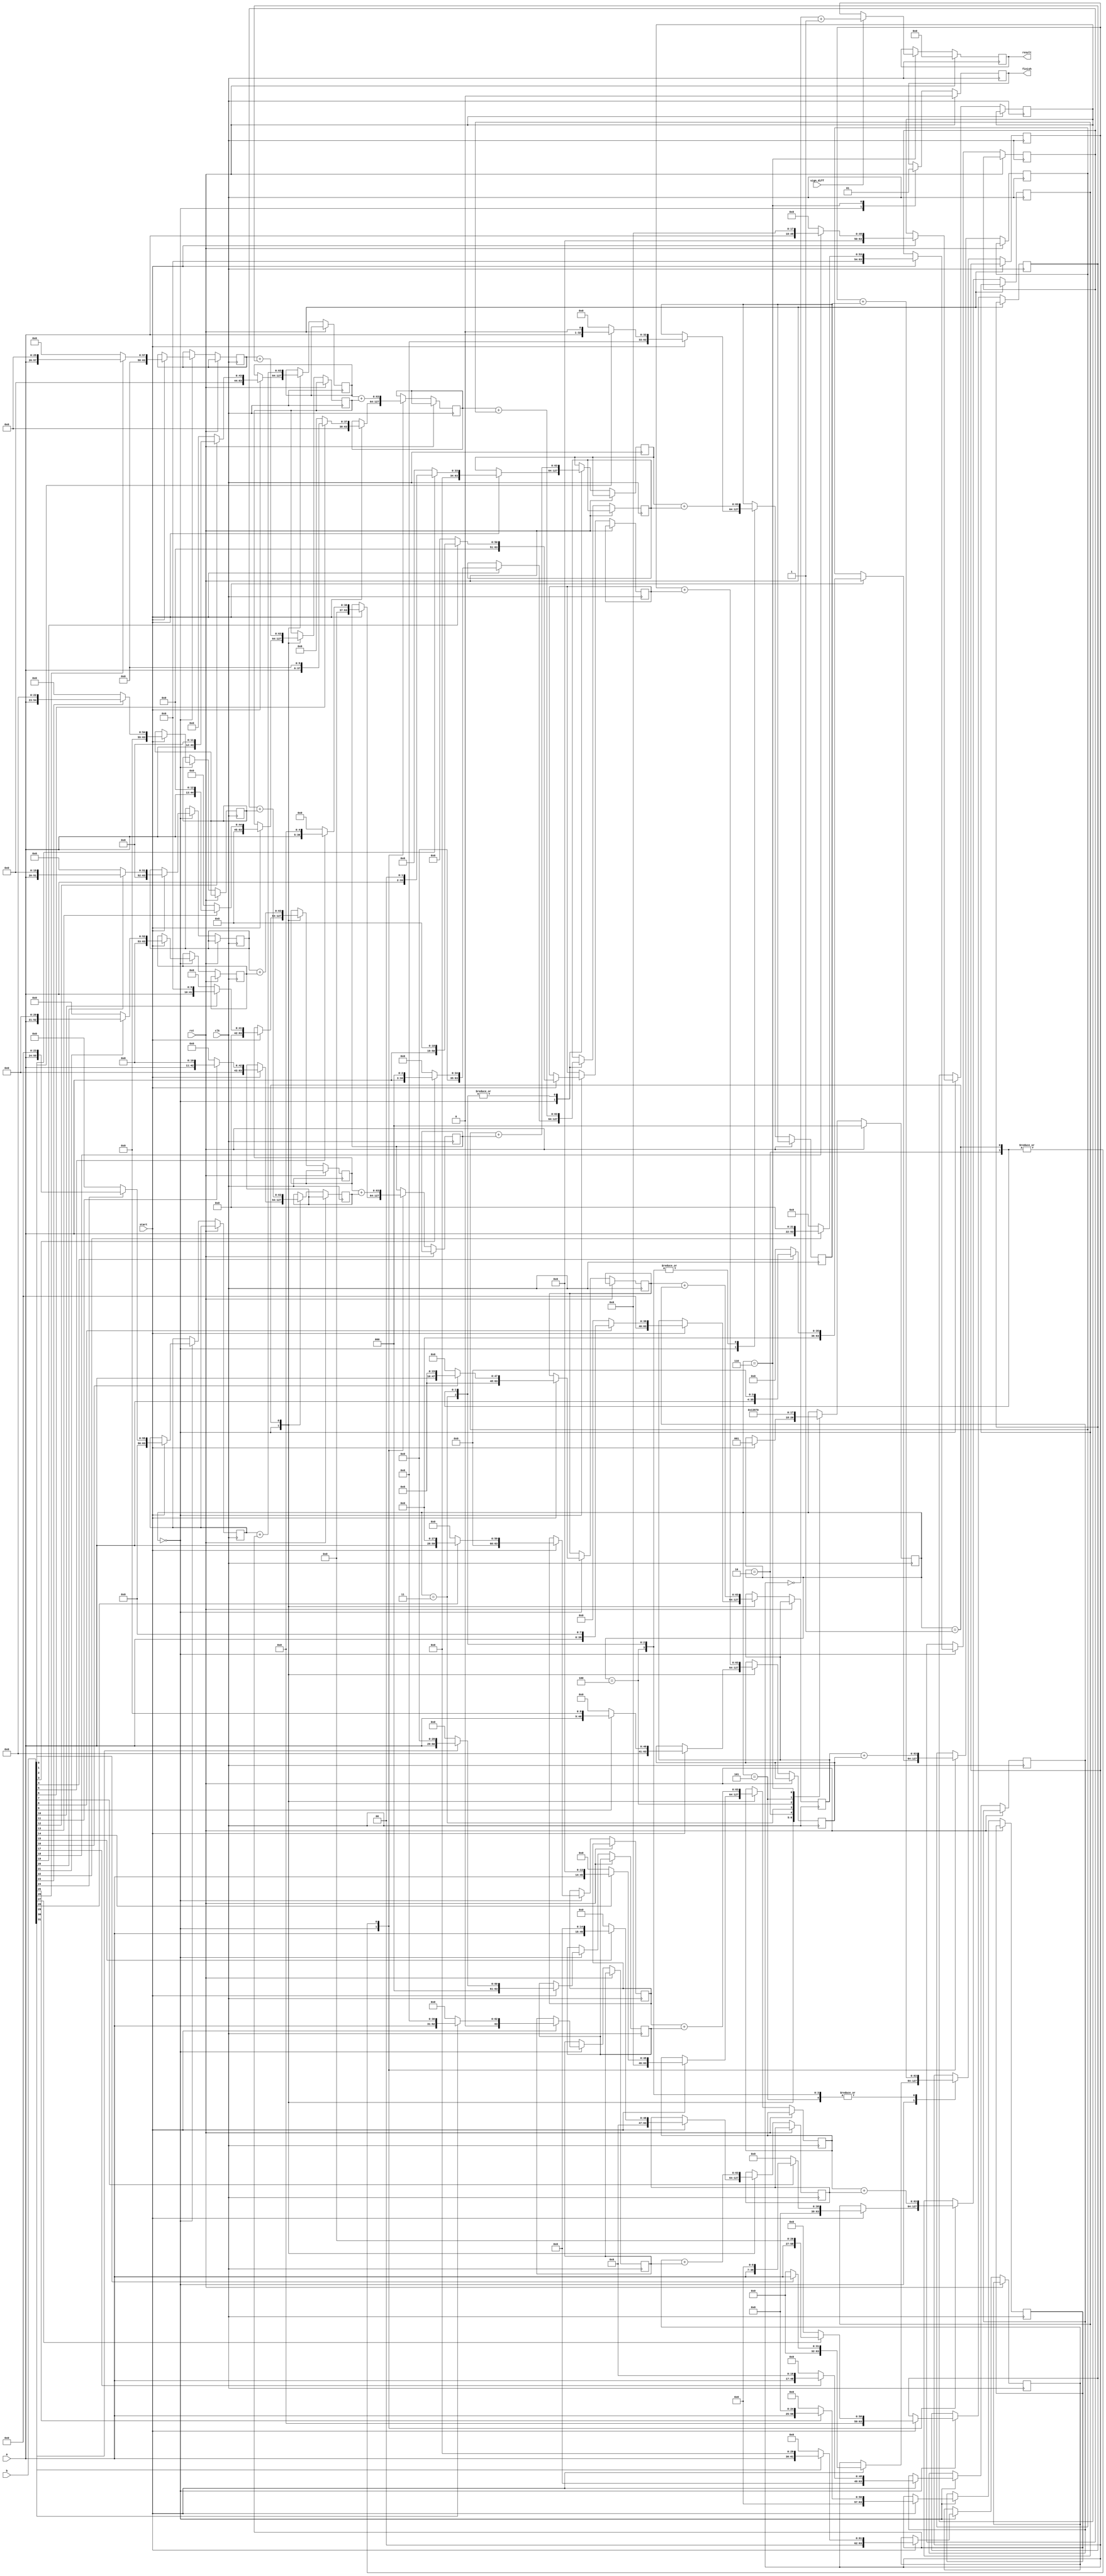
/***************************************
 ********** Andy You Property **********
 ***************************************/

//Parallel Multiplication method

module MUL (clk, rst, start, finish, a, b, sign_diff, result);

parameter IDLE = 3'b000, S0 = 3'b001, S1 = 3'b010, S2 = 3'b011,
          S3 = 3'b100, S4 = 3'b101, FINISH = 3'b110;

input  clk, rst, start, sign_diff;
input  [31:0] a, b;

output reg finish;
output reg [63:0] result;

reg [63:0] reglist [0:31];
reg [2:0] STATE;

always @(posedge clk) begin
    if (rst) begin
        finish <= 1'b0;
        result <= 64'h0;
        STATE <= IDLE;
    end
    else begin
        case (STATE) 
            IDLE : begin
                if (start) begin
                    STATE <= S0;
                    reglist[0] <= b[0]? {32'b0, a} : 64'b0;
                    reglist[1] <= b[1]? {31'b0, a, 1'b0} : 64'b0;
                    reglist[2] <= b[2]? {30'b0, a, 2'b0} : 64'b0;
                    reglist[3] <= b[3]? {29'b0, a, 3'b0} : 64'b0;
                    reglist[4] <= b[4]? {28'b0, a, 4'b0} : 64'b0;
                    reglist[5] <= b[5]? {27'b0, a, 5'b0} : 64'b0;
                    reglist[6] <= b[6]? {26'b0, a, 6'b0} : 64'b0;
                    reglist[7] <= b[7]? {25'b0, a, 7'b0} : 64'b0;
                    reglist[8] <= b[8]? {24'b0, a, 8'b0} : 64'b0;
                    reglist[9] <= b[9]? {23'b0, a, 9'b0} : 64'b0;
                    reglist[10] <= b[10]? {22'b0, a, 10'b0} : 64'b0;
                    reglist[11] <= b[11]? {21'b0, a, 11'b0} : 64'b0;
                    reglist[12] <= b[12]? {20'b0, a, 12'b0} : 64'b0;
                    reglist[13] <= b[13]? {19'b0, a, 13'b0} : 64'b0;
                    reglist[14] <= b[14]? {18'b0, a, 14'b0} : 64'b0;
                    reglist[15] <= b[15]? {17'b0, a, 15'b0} : 64'b0;
                    reglist[16] <= b[16]? {16'b0, a, 16'b0} : 64'b0;
                    reglist[17] <= b[17]? {15'b0, a, 17'b0} : 64'b0;
                    reglist[18] <= b[18]? {14'b0, a, 18'b0} : 64'b0;
                    reglist[19] <= b[19]? {13'b0, a, 19'b0} : 64'b0;
                    reglist[20] <= b[20]? {12'b0, a, 20'b0} : 64'b0;
                    reglist[21] <= b[21]? {11'b0, a, 21'b0} : 64'b0;
                    reglist[22] <= b[22]? {10'b0, a, 22'b0} : 64'b0;
                    reglist[23] <= b[23]? {9'b0, a, 23'b0} : 64'b0;
                    reglist[24] <= b[24]? {8'b0, a, 24'b0} : 64'b0;
                    reglist[25] <= b[25]? {7'b0, a, 25'b0} : 64'b0;
                    reglist[26] <= b[26]? {6'b0, a, 26'b0} : 64'b0;
                    reglist[27] <= b[27]? {5'b0, a, 27'b0} : 64'b0;
                    reglist[28] <= b[28]? {4'b0, a, 28'b0} : 64'b0;
                    reglist[29] <= b[29]? {3'b0, a, 29'b0} : 64'b0;
                    reglist[30] <= b[30]? {2'b0, a, 30'b0} : 64'b0;
                    reglist[31] <= b[31]? {1'b0, a, 31'b0} : 64'b0;
                end
                finish <= 1'b0;
            end
            S0 : begin
		STATE <= S1;
                reglist[0] <= reglist[0] + reglist[1];
                reglist[1] <= reglist[2] + reglist[3];
                reglist[2] <= reglist[4] + reglist[5];
                reglist[3] <= reglist[6] + reglist[7];
                reglist[4] <= reglist[8] + reglist[9];
                reglist[5] <= reglist[10] + reglist[11];
                reglist[6] <= reglist[12] + reglist[13];
                reglist[7] <= reglist[14] + reglist[15];
                reglist[8] <= reglist[16] + reglist[17];
                reglist[9] <= reglist[18] + reglist[19];
                reglist[10] <= reglist[20] + reglist[21];
                reglist[11] <= reglist[22] + reglist[23];
                reglist[12] <= reglist[24] + reglist[25];
                reglist[13] <= reglist[26] + reglist[27];
                reglist[14] <= reglist[28] + reglist[29];
                reglist[15] <= reglist[30] + reglist[31];
            end
	    S1 : begin
		STATE <= S2;
                reglist[0] <= reglist[0] + reglist[1];
                reglist[1] <= reglist[2] + reglist[3];
                reglist[2] <= reglist[4] + reglist[5];
                reglist[3] <= reglist[6] + reglist[7];
                reglist[4] <= reglist[8] + reglist[9];
                reglist[5] <= reglist[10] + reglist[11];
                reglist[6] <= reglist[12] + reglist[13];
                reglist[7] <= reglist[14] + reglist[15];
            end
	    S2 : begin
		STATE <= S3;
                reglist[0] <= reglist[0] + reglist[1];
                reglist[1] <= reglist[2] + reglist[3];
                reglist[2] <= reglist[4] + reglist[5];
                reglist[3] <= reglist[6] + reglist[7];
            end
	    S3 : begin
		STATE <= S4;
                reglist[0] <= reglist[0] + reglist[1];
                reglist[1] <= reglist[2] + reglist[3];
            end
	    S4 : begin
		STATE <= FINISH;
                reglist[0] <= reglist[0] + reglist[1];
            end
	    FINISH : begin
		STATE <= IDLE;
		finish <= 1'b1;
		result <= sign_diff? ((~reglist[0]) + 1'b1) : reglist[0];
	    end
        endcase
    end
end

endmodule